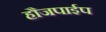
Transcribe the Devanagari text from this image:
हौजपाईप